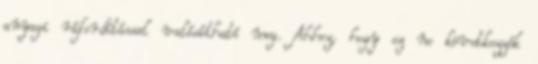
anyagi ráfordítással valósítható meg. Ahhoz, hogy ez ne következzék